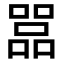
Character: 𠾅